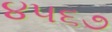
૪૫૬૭